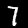
Digit: 7